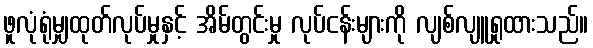
ဖူလုံရုံမျှထုတ်လုပ်မှုနှင့် အိမ်တွင်းမှု လုပ်ငန်းများကို လျစ်လျူရှုထားသည်။